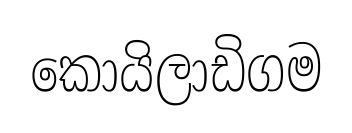
කොයිලාඩිගම